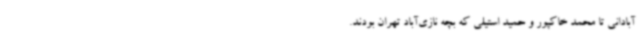
آبادانی تا محمد خاکپور و حمید استیلی که بچه نازی‌آباد تهران بودند.